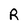
Character: R